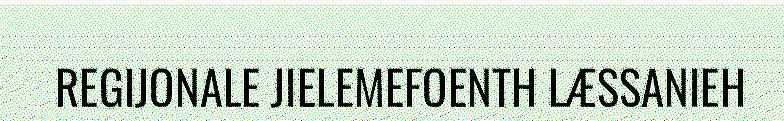
REGIJONALE JIELEMEFOENTH LÆSSANIEH